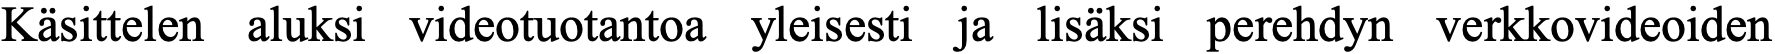
Käsittelen aluksi videotuotantoa yleisesti ja lisäksi perehdyn verkkovideoiden